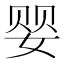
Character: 婴